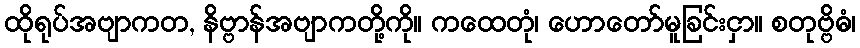
ထိုရုပ်အဗျာကတ, နိဗ္ဗာန်အဗျာကတို့ကို။ ကထေတုံ၊ ဟောတော်မူခြင်းငှာ။ စတုဗ္ဗိဓံ၊